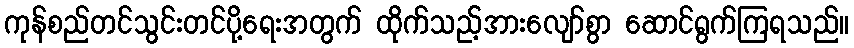
ကုန်စည်တင်သွင်းတင်ပို့ရေးအတွက် ထိုက်သည့်အားလျော်စွာ ဆောင်ရွက်ကြရသည်။